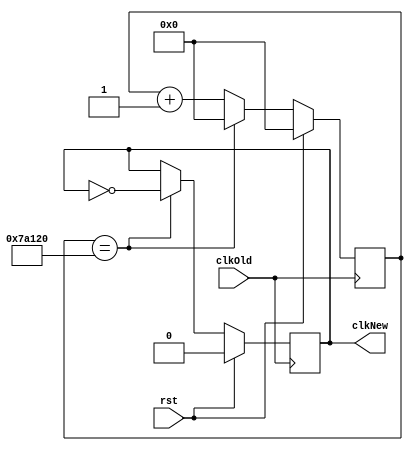
module clockDivider(clkOld, rst, clkNew);

//50MhZ board, recommend divide by 50000
//Makes 1000Hz or 1000 cycles per second

input clkOld;
input rst;

output reg clkNew;

reg [18:0] counter;

always @(posedge clkOld) begin
	if(rst) begin
		counter <= 19'd0;
		clkNew <= 1'b0;
	end

	else if(counter==19'd500000) begin
		counter <= 19'd0;
		clkNew <= ~clkNew;
	end

	else begin
		counter <= counter + 19'd1;
	end
end

endmodule